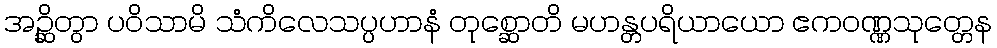
အဉ္ဆိတွာ ပဝိသာမိ သံကိလေသပ္ပဟာနံ တုစ္ဆောတိ မဟန္တပရိယာယော ဧကဝဏ္ဏသုတ္တေန